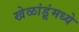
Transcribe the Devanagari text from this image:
खेळांडूंमध्ये